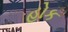
હોક